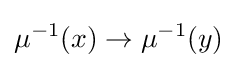
\mu ^{-1}(x)\to \mu ^{-1}(y)